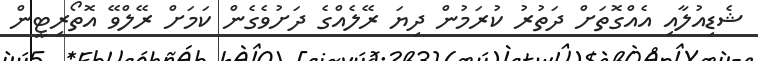
ޝެޑިއުލާއި އެއްގޮތަށް ދަތުރު ކުރަމުން ދިޔަ ރޭލެއްގެ ދަށުވެގެން ކަމަށް ރޭލްވޭ އޮތޯރިޓީން